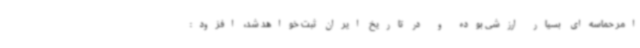
امر حماسه‌ای بسیار ارزشی بوده و در تاریخ ایران ثبت خواهد شد، افزود: